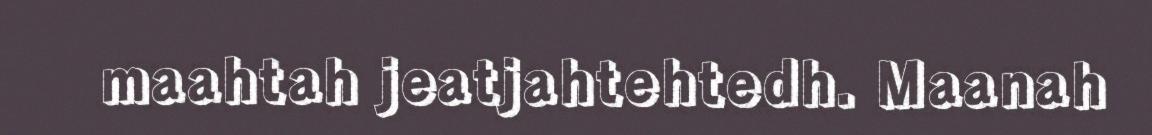
maahtah jeatjahtehtedh. Maanah